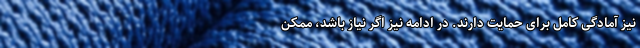
نیز آمادگی کامل برای حمایت دارند. در ادامه نیز اگر نیاز باشد، ممکن